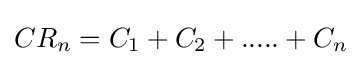
CR_{n}=C_{1}+C_{2}+.....+C_{n}